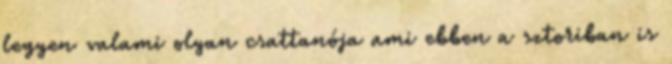
legyen valami olyan csattanója ami ebben a sztoriban is